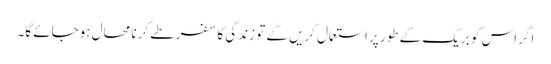
اگر اس کو بریک کے طور پر استعمال کریں گے تو زندگی کا سفر طے کرنا محال ہوجائے گا۔